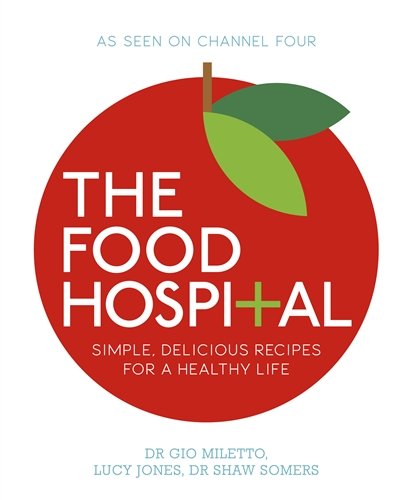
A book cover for Food Hospital,The; Gio Miletto; Cookbooks, Food & Wine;